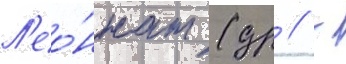
Л'ео́ннат (др // -